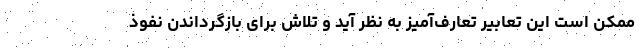
ممکن است این تعابیر تعارف‌آمیز به نظر آید و تلاش برای بازگرداندن نفوذ